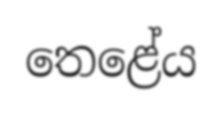
තෙළේය